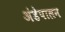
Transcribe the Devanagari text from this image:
अंडेपालन